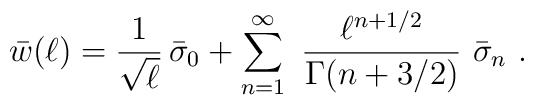
\bar w(\ell)={1\over\sqrt{\ell}}\,\bar\sigma_0 +\sum_{n=1}^{\infty}\ {\ell^{n+1/2} \over \Gamma(n+3/2)}\ \bar\sigma_{n}\ .